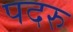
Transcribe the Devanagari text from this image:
पदरु